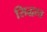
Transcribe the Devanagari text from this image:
सिद्धस्त